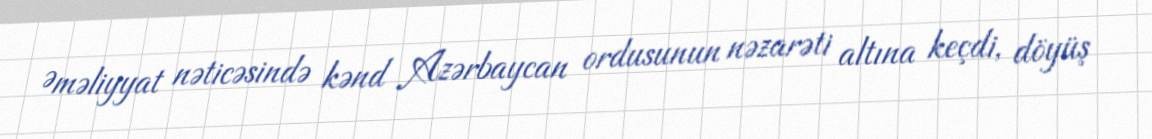
Əməliyyat nəticəsində kənd Azərbaycan ordusunun nəzarəti altına keçdi, döyüş